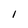
Character: 1